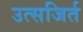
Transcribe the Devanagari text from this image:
उत्सजिर्त